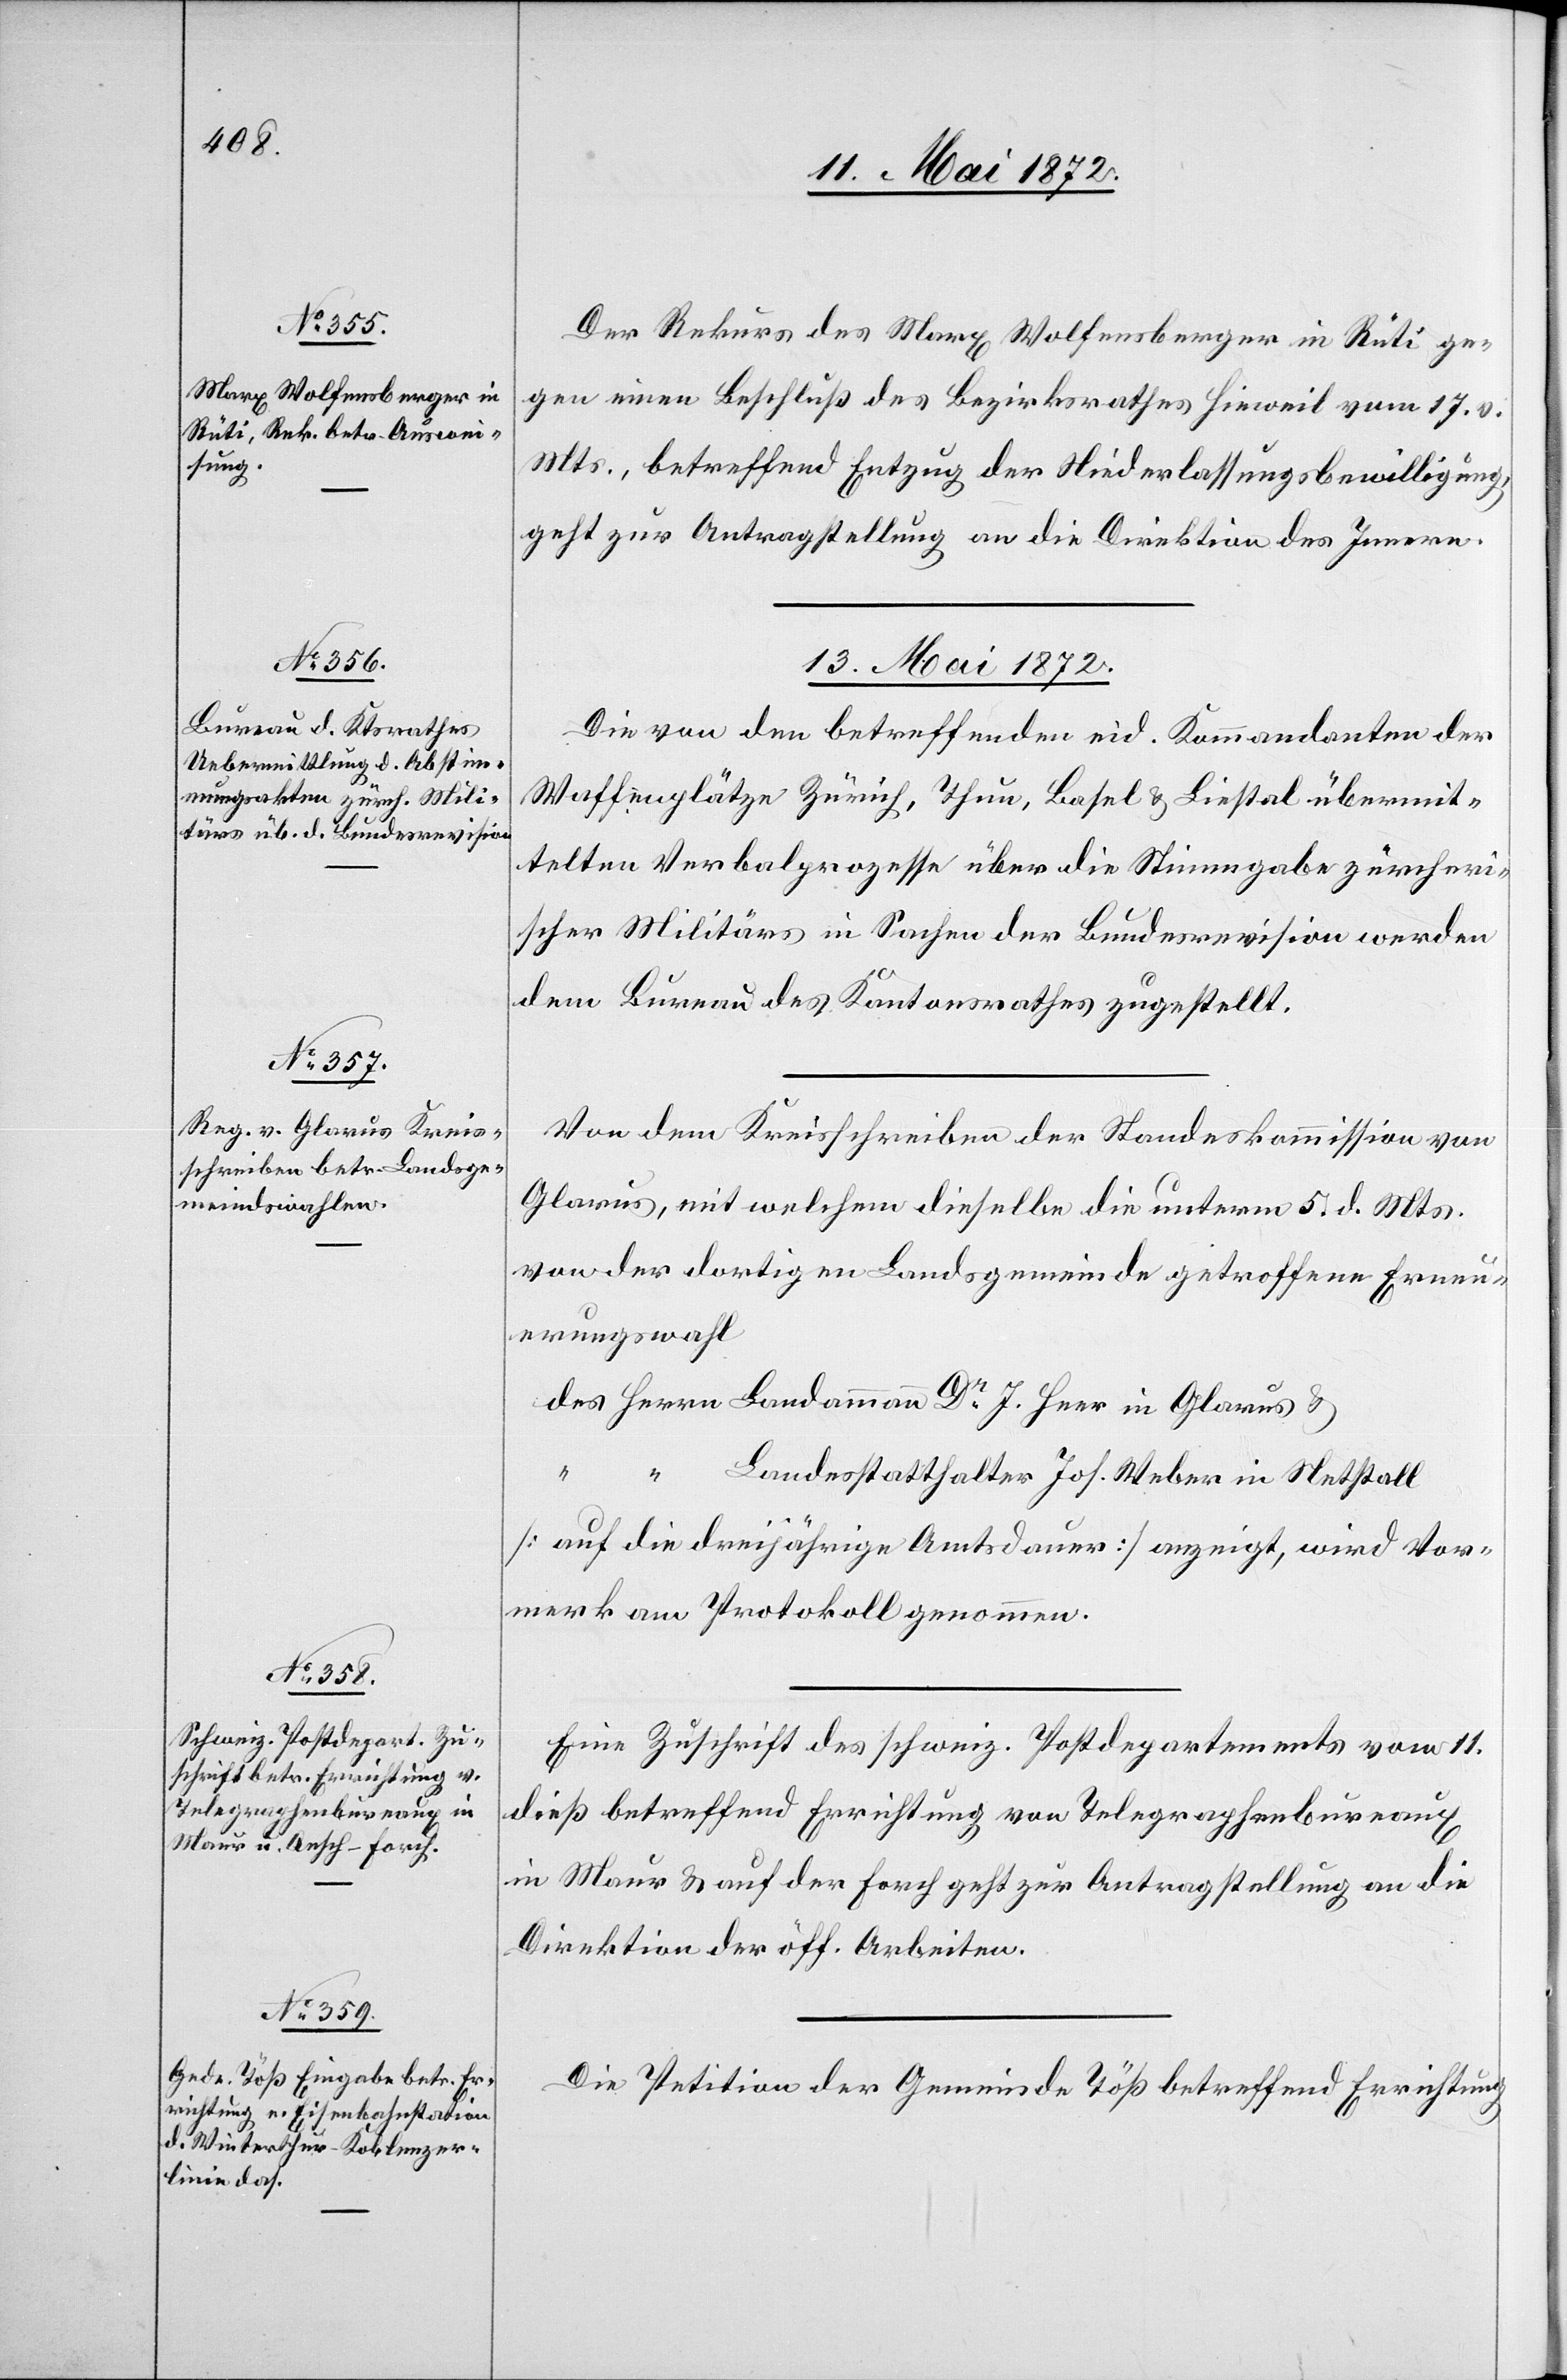
11. Mai 1872.]
Der Rekurs des Marx Wolfensberger in Rüti ge¬
gen einen Beschluß des Bezirksrathes Hinweil vom 17. d.
Mts., betreffend Entzug der Niederlassungsbewilligung
geht zur Antragstellung an die Direktion des Innern.
13. Mai 1872.]
Die von den betreffenden eid. Kommandanten der
Waffenplätze Zürich, Thun, Basel u. Liestal übermit¬
telten Verbalprozesse über die Stimmgabe zürcheri¬
scher Militärs in Sachen der Bundesrevision werden
dem Bureau des Kantonsrathes zugestellt.
Von dem Kreisschreiben der Standeskommission von
Glarus, mit welchem dieselbe die unterm 5. d. Mts.
von der dortigen Landsgemeinde getroffene Erneu¬
erungswahl
Landesstatthalter Jos. Weber in Netstall
[auf die dreijährige Amtsdauer] angezeigt, wird Vor¬
merk am Protokoll genommen.
Eine Zuschrift des schweiz. Postdepartements vom 11.
dieß betreffend Errichtung von Telegraphenbureaux
in Maur u. auf der Forch geht zur Antragstellung an die
Direktion der öff. Arbeiten.
Die Petition der Gemeinde Töß betreffend Errichtung